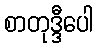
စာတုဒ္ဒီပေါ